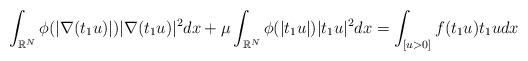
LaTeX: \begin{align*}\displaystyle \int_{\mathbb{R}^{N}}\phi(|\nabla (t_{1}u)|)|\nabla(t_{1}u)|^{2}dx + \mu \displaystyle\int_{\mathbb{R}^{N}}\phi(|t_{1}u|)|t_{1}u|^{2}dx = \displaystyle\int_{[u>0]}f(t_{1}u)t_{1}udx\end{align*}